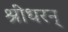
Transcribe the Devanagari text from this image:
श्रीधरन्